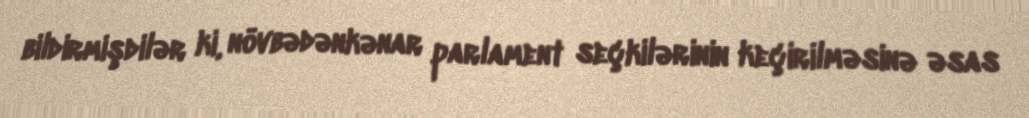
bildirmişdilər ki, növbədənkənar parlament seçkilərinin keçirilməsinə əsas